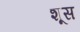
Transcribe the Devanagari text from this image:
शूस